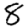
Digit: 8